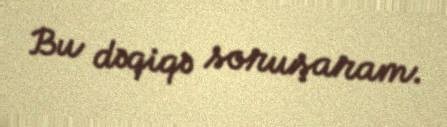
Bu dəqiqə soruşaram.